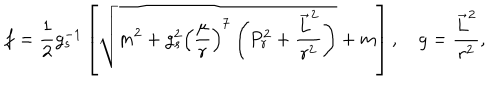
f = { \frac { 1 } { 2 } } g _ { s } ^ { - 1 } \left[ \sqrt { m ^ { 2 } + g _ { s } ^ { 2 } \left( { \frac { \mu } { r } } \right) ^ { 7 } \left( P _ { r } ^ { 2 } + { \frac { \vec { L } ^ { 2 } } { r ^ { 2 } } } \right) } + m \right] , g = { \frac { \vec { L } ^ { 2 } } { r ^ { 2 } } } ,